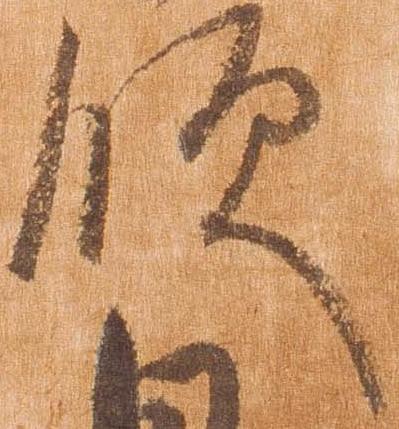
領